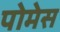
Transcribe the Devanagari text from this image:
पोमेस